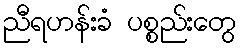
ညီရဟန်းခံ ပစ္စည်းတွေ